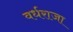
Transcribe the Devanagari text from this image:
वर्धराजा